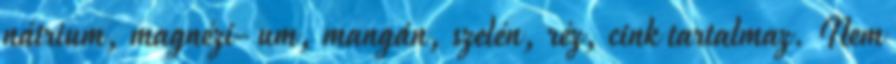
nátrium, magnézi- um, mangán, szelén, réz, cink tartalmaz. Nem